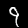
Label: 9